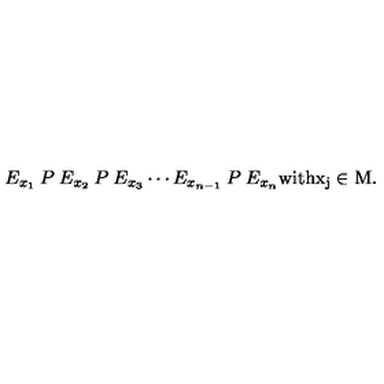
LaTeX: E _ { x _ { 1 } } \: P \: E _ { x _ { 2 } } \: P \: E _ { x _ { 3 } } \cdots E _ { x _ { n - 1 } } \: P \: E _ { x _ { n } } { \mathrm { w i t h x _ j \in M . } }